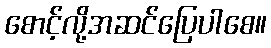
စောင့်လို့အဆင်ပြေပါစေ။